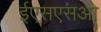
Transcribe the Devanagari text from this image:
ईएसएसओ